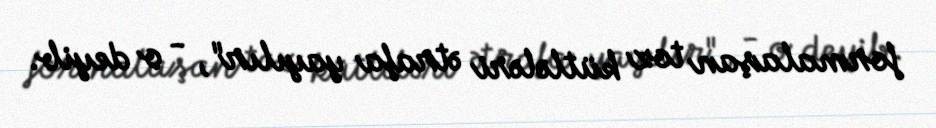
formalaşan toz kütlələri ətrafa yayılır", - o deyib.